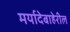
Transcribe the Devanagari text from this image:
मर्यादेबाहेरील